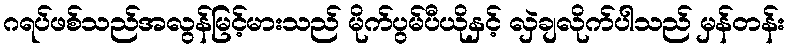
ဂရပ်ဖစ်သည်အလွန်မြင့်မားသည် မိုက်ပွမ်ပီယိုနှင့် လှဲချလိုက်ပါသည် မှန်တန်း